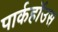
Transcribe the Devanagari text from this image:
पार्कहॉउस